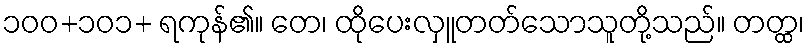
၁၀၀+၁၀၁+ ရကုန်၏။ တေ၊ ထိုပေးလှူတတ်သောသူတို့သည်။ တတ္ထ၊